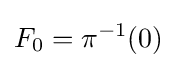
F_{0}=\pi ^{-1}(0)